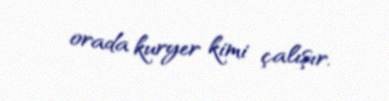
orada kuryer kimi çalışır.